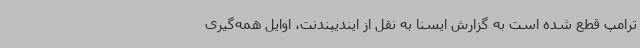
ترامپ قطع شده است به گزارش ایسنا به نقل از ایندیپندنت، اوایل همه‌گیری